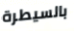
بالسيطرة